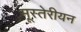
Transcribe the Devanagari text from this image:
मूस्तेरीयन